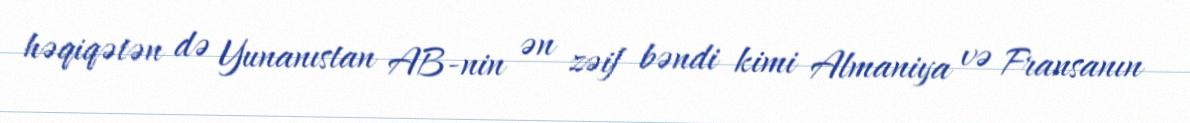
həqiqətən də Yunanıstan AB-nin ən zəif bəndi kimi Almaniya və Fransanın